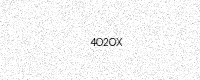
Text: 4O2OX